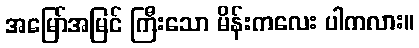
အမြော်အမြင် ကြီးသော မိန်းကလေး ပါကလား။